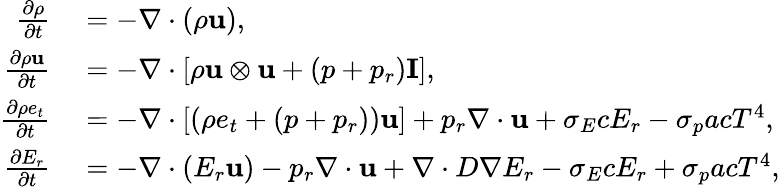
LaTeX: \begin{array}{rl}{\frac{\partial\rho}{\partial t}}&{{}=-\nabla\cdot\left(\rho\mathbf{u}\right),}\\ {\frac{\partial\rho\mathbf{u}}{\partial t}}&{{}=-\nabla\cdot\left[\rho\mathbf{u}\otimes\mathbf{u}+(p+{p_{r}})\mathbf{I}\right],}\\ {\frac{\partial\rho e_{t}}{\partial t}}&{{}=-\nabla\cdot\left[\left(\rho e_{t}+(p+{p_{r}})\right)\mathbf{u}\right]+{p_{r}\nabla\cdot\mathbf{u}}+{\sigma_{E}cE_{r}}-{\sigma_{p}acT^{4}},}\\ {\frac{\partial E_{r}}{\partial t}}&{{}=-\nabla\cdot\left(E_{r}\mathbf{u}\right)-{p_{r}\nabla\cdot\mathbf{u}}+\nabla\cdot D\nabla E_{r}-{\sigma_{E}cE_{r}}+{\sigma_{p}acT^{4}},}\end{array}